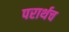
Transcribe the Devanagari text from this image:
परार्थच